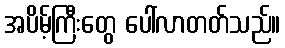
အပိမ့်ကြီးတွေ ပေါ်လာတတ်သည်။